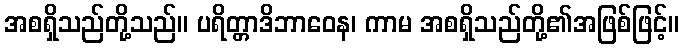
အစရှိသည်တို့သည်။ ပရိတ္တာဒိဘာဝေန၊ ကာမ အစရှိသည်တို့၏အဖြစ်ဖြင့်။